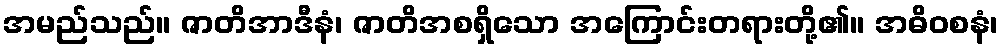
အမည်သည်။ ဇာတိအာဒီနံ၊ ဇာတိအစရှိသော အကြောင်းတရားတို့၏။ အဓိဝစနံ၊